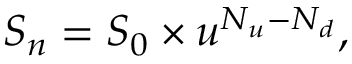
S _ { n } = S _ { 0 } \times u ^ { N _ { u } - N _ { d } } ,